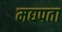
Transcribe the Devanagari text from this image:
मद्यपता